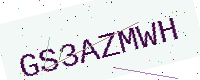
Text: GS3AZMWH